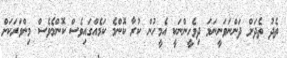
ތެދު ތެދަށް ދަންނަވަނީނަމަ ދިވެހީންނަކީ އެމީހުން ކުރާ ކޮންމެ ކަމެއްގައިވެސް ކޮންމެވެސް މިންވަރަކަށް